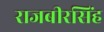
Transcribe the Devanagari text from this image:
राजबीरसिंह